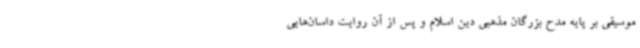
موسیقی بر پایه مدح بزرگان مذهبی دین اسلام و پس از آن روایت داسان‌هایی